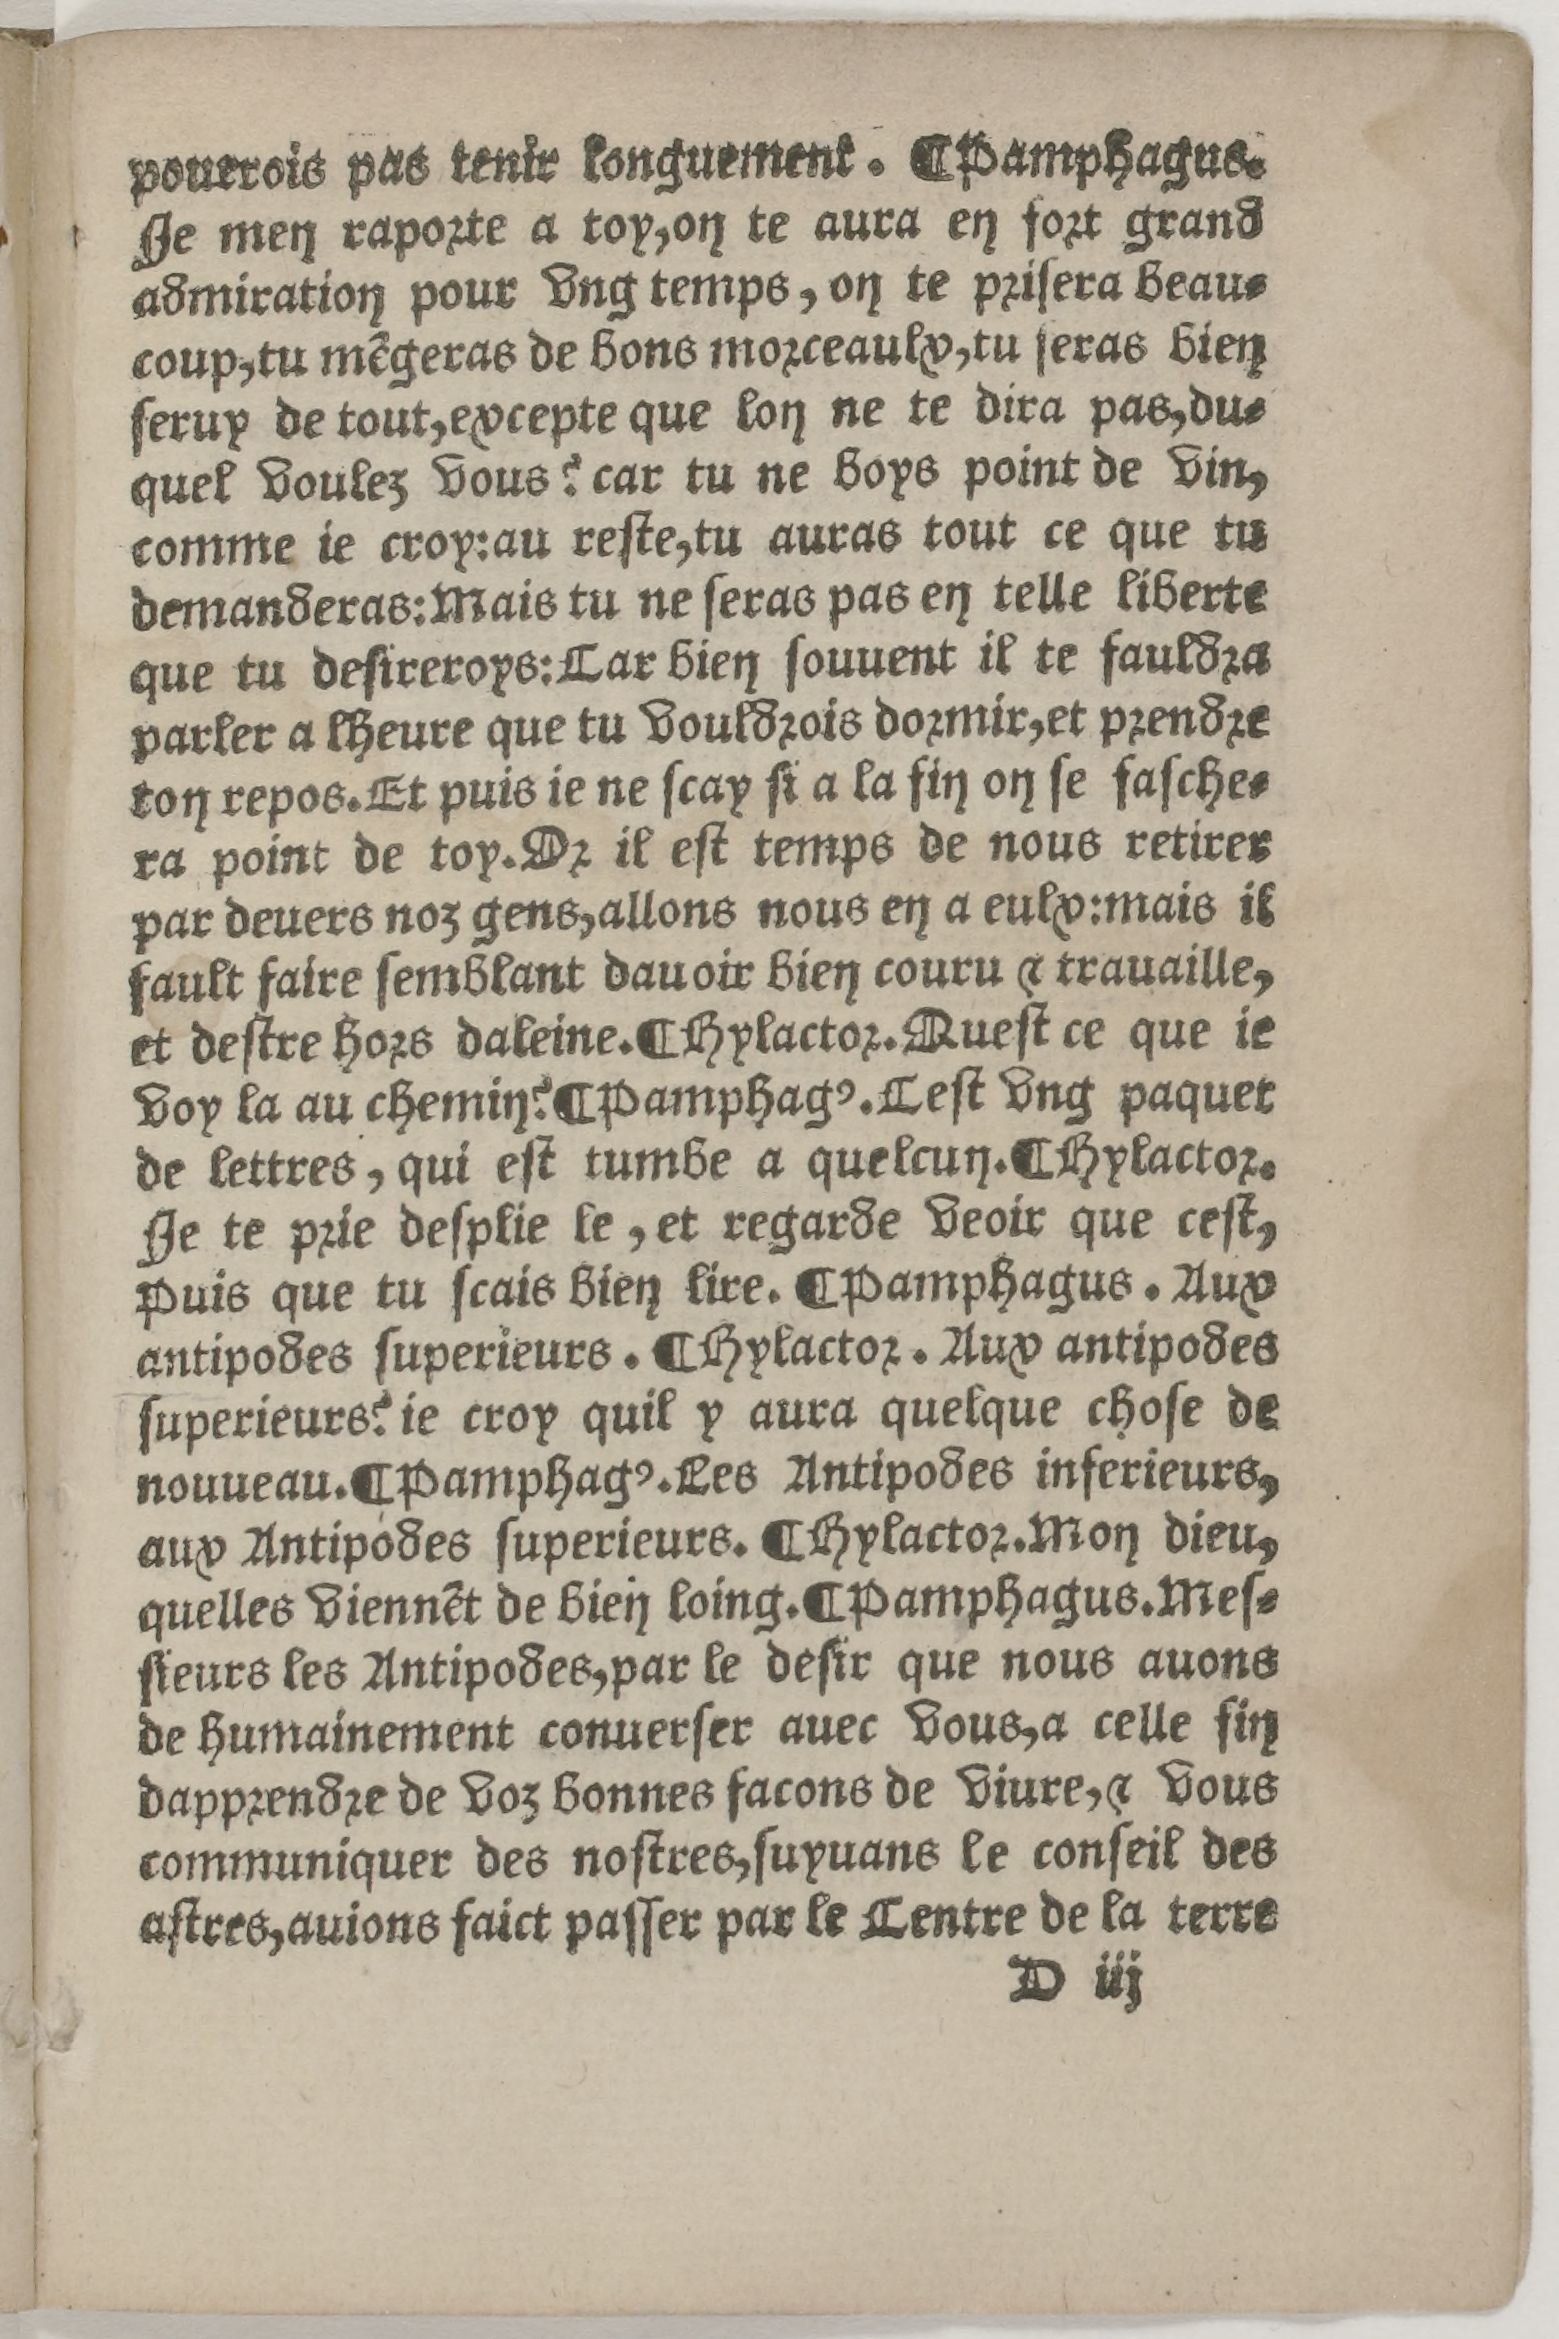
Shelfmark: Paris, BnF, Rés. Z-2442
Century: 16